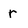
Character: r